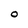
Character: O